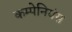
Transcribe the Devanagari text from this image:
कम्पेनियंस